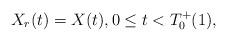
LaTeX: \begin{align*} X_r(t) = X(t), 0 \leq t < T_0^+(1),\end{align*}